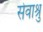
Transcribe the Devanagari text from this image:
सेवाश्रु